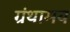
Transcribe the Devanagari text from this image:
ग्रंथामय